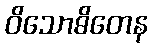
ဝိသောဓိတေန